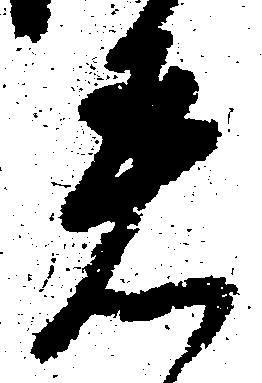
着